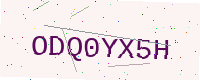
Text: ODQ0YX5H